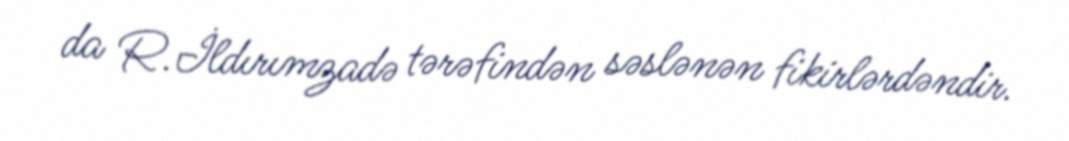
da R.İldırımzadə tərəfindən səslənən fikirlərdəndir.